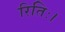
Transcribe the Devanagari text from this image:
रितिः।